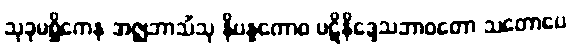
သုခုမစ္ဆိကေန အဇ္ဈဘာသိံသု နိပန္နကောဝ ပဋိနိဒ္ဒေသဘာဝတော သတောပေ